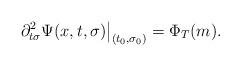
LaTeX: \begin{align*}\begin{multlined}[t][12.5cm]\left.\partial_{t\sigma}^{2}\Psi(x,t,\sigma)\right|_{(t_{0},\sigma_{0})}=\Phi_{T}(m).\end{multlined}\end{align*}